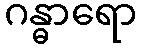
ဂန္ဓာရော